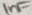
Text: 1nF